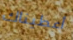
أعطيناك